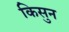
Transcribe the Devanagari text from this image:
किसुन